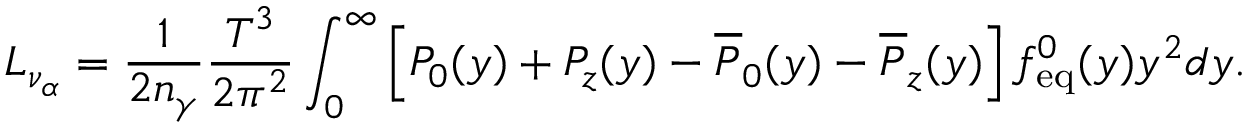
L _ { \nu _ { \alpha } } = \frac { 1 } { 2 n _ { \gamma } } \frac { T ^ { 3 } } { 2 \pi ^ { 2 } } \int _ { 0 } ^ { \infty } \left[ P _ { 0 } ( y ) + P _ { z } ( y ) - \overline { { { P } } } _ { 0 } ( y ) - \overline { { { P } } } _ { z } ( y ) \right] f _ { \mathrm { e q } } ^ { 0 } ( y ) y ^ { 2 } d y .